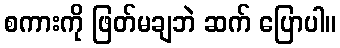
စကားကို ဖြတ်မချဘဲ ဆက် ပြောပါ။